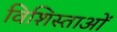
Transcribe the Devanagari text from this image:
विशिस्ताओं